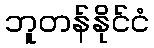
ဘူတန်နိုင်ငံ